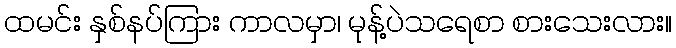
ထမင်း နှစ်နပ်ကြား ကာလမှာ၊ မုန့်ပဲသရေစာ စားသေးလား။